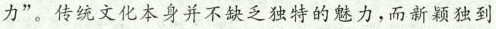
力”。传统文化本身并不缺乏独特的魅力，而新颖独到